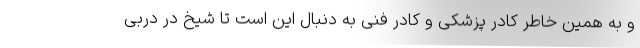
و به همین خاطر کادر پزشکی و کادر فنی به دنبال این است تا شیخ در دربی